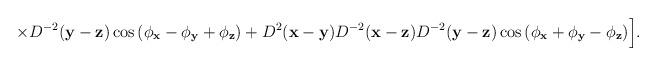
LaTeX: \begin{align*}\times D^{-2}({\bf y}-{\bf z})\cos\left(\phi_{\bf x}-\phi_{\bf y}+\phi_{\bf z}\right)+D^2({\bf x}-{\bf y})D^{-2}({\bf x}-{\bf z})D^{-2}({\bf y}-{\bf z})\cos\left(\phi_{\bf x}+\phi_{\bf y}-\phi_{\bf z}\right)\Bigr].\end{align*}